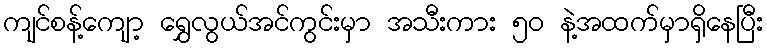
ကျင်စန့်ကျော့ ရွှေလွယ်အင်ကွင်းမှာ အသီးကား ၅၀ နဲ့အထက်မှာရှိနေပြီး